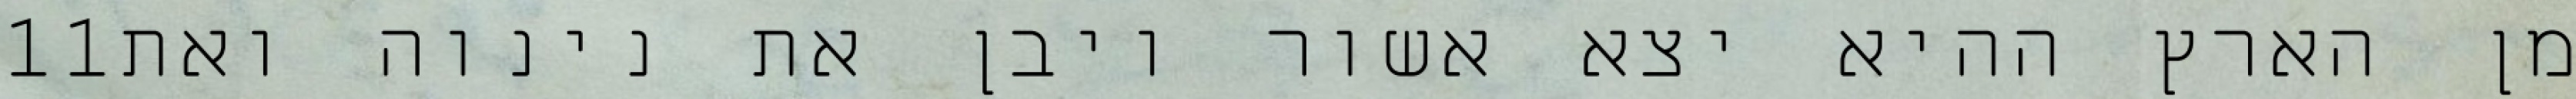
‎11‏ מן הארץ ההיא יצא אשור ויבן את נינוה ואת